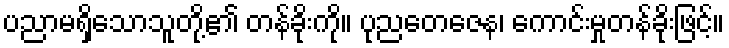
ပညာမရှိသောသူတို့၏ တန်ခိုးကို။ ပုညတေဇေန၊ ကောင်းမှုတန်ခိုးဖြင့်။